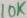
Text: 10K